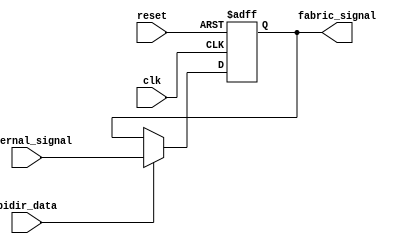
module io_buffer (
    input wire clk,
    input wire reset,
    input wire bidir_data,
    input wire external_signal,
    output wire fabric_signal
);

reg output_buffer;

assign fabric_signal = output_buffer;

always @(posedge clk or posedge reset) begin
    if (reset) begin
        output_buffer <= 1'b0;
    end else begin
        if (bidir_data) begin
            output_buffer <= external_signal;
        end
    end
end

endmodule